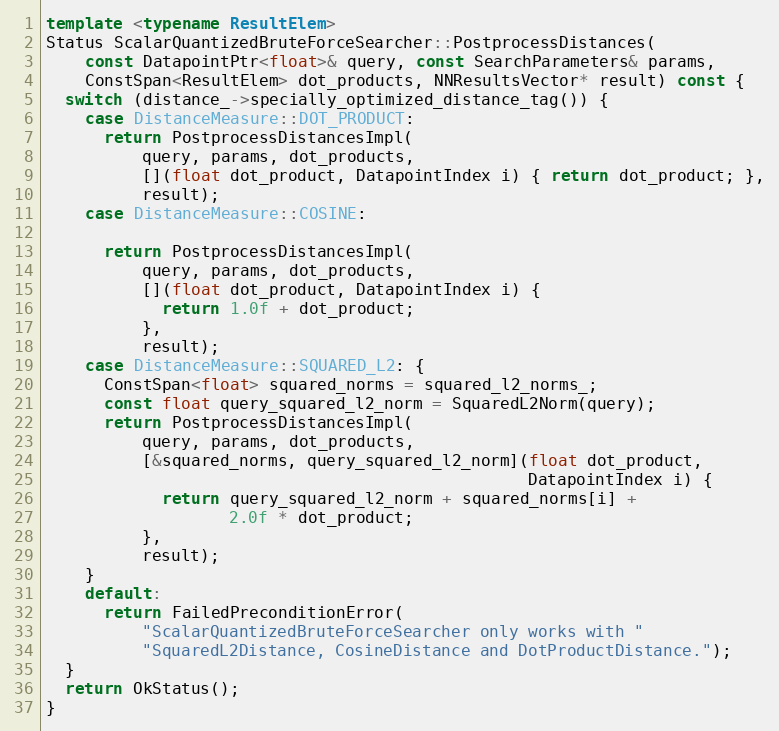
Language: C++
template <typename ResultElem>
Status ScalarQuantizedBruteForceSearcher::PostprocessDistances(
    const DatapointPtr<float>& query, const SearchParameters& params,
    ConstSpan<ResultElem> dot_products, NNResultsVector* result) const {
  switch (distance_->specially_optimized_distance_tag()) {
    case DistanceMeasure::DOT_PRODUCT:
      return PostprocessDistancesImpl(
          query, params, dot_products,
          [](float dot_product, DatapointIndex i) { return dot_product; },
          result);
    case DistanceMeasure::COSINE:

      return PostprocessDistancesImpl(
          query, params, dot_products,
          [](float dot_product, DatapointIndex i) {
            return 1.0f + dot_product;
          },
          result);
    case DistanceMeasure::SQUARED_L2: {
      ConstSpan<float> squared_norms = squared_l2_norms_;
      const float query_squared_l2_norm = SquaredL2Norm(query);
      return PostprocessDistancesImpl(
          query, params, dot_products,
          [&squared_norms, query_squared_l2_norm](float dot_product,
                                                  DatapointIndex i) {
            return query_squared_l2_norm + squared_norms[i] +
                   2.0f * dot_product;
          },
          result);
    }
    default:
      return FailedPreconditionError(
          "ScalarQuantizedBruteForceSearcher only works with "
          "SquaredL2Distance, CosineDistance and DotProductDistance.");
  }
  return OkStatus();
}